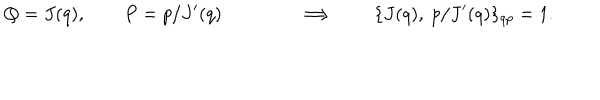
LaTeX: Q = J ( q ) , \qquad P = p / J ^ { \prime } ( q ) \qquad \qquad \Longrightarrow \qquad \{ J ( q ) , ~ p / J ^ { \prime } ( q ) \} _ { q p } = 1 .